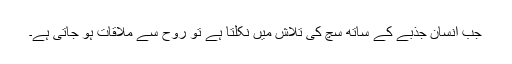
جب انسان جذبے کے ساتھ سچ کی تلاش میں نکلتا ہے تو روح سے ملاقات ہو جاتی ہے۔